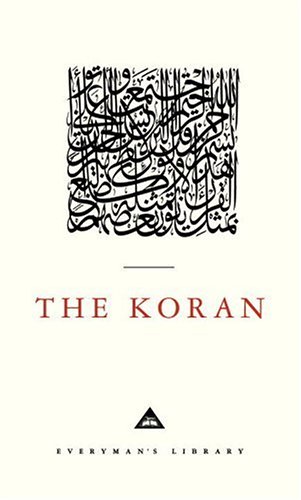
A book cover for The Koran (Everyman's Library); Religion & Spirituality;